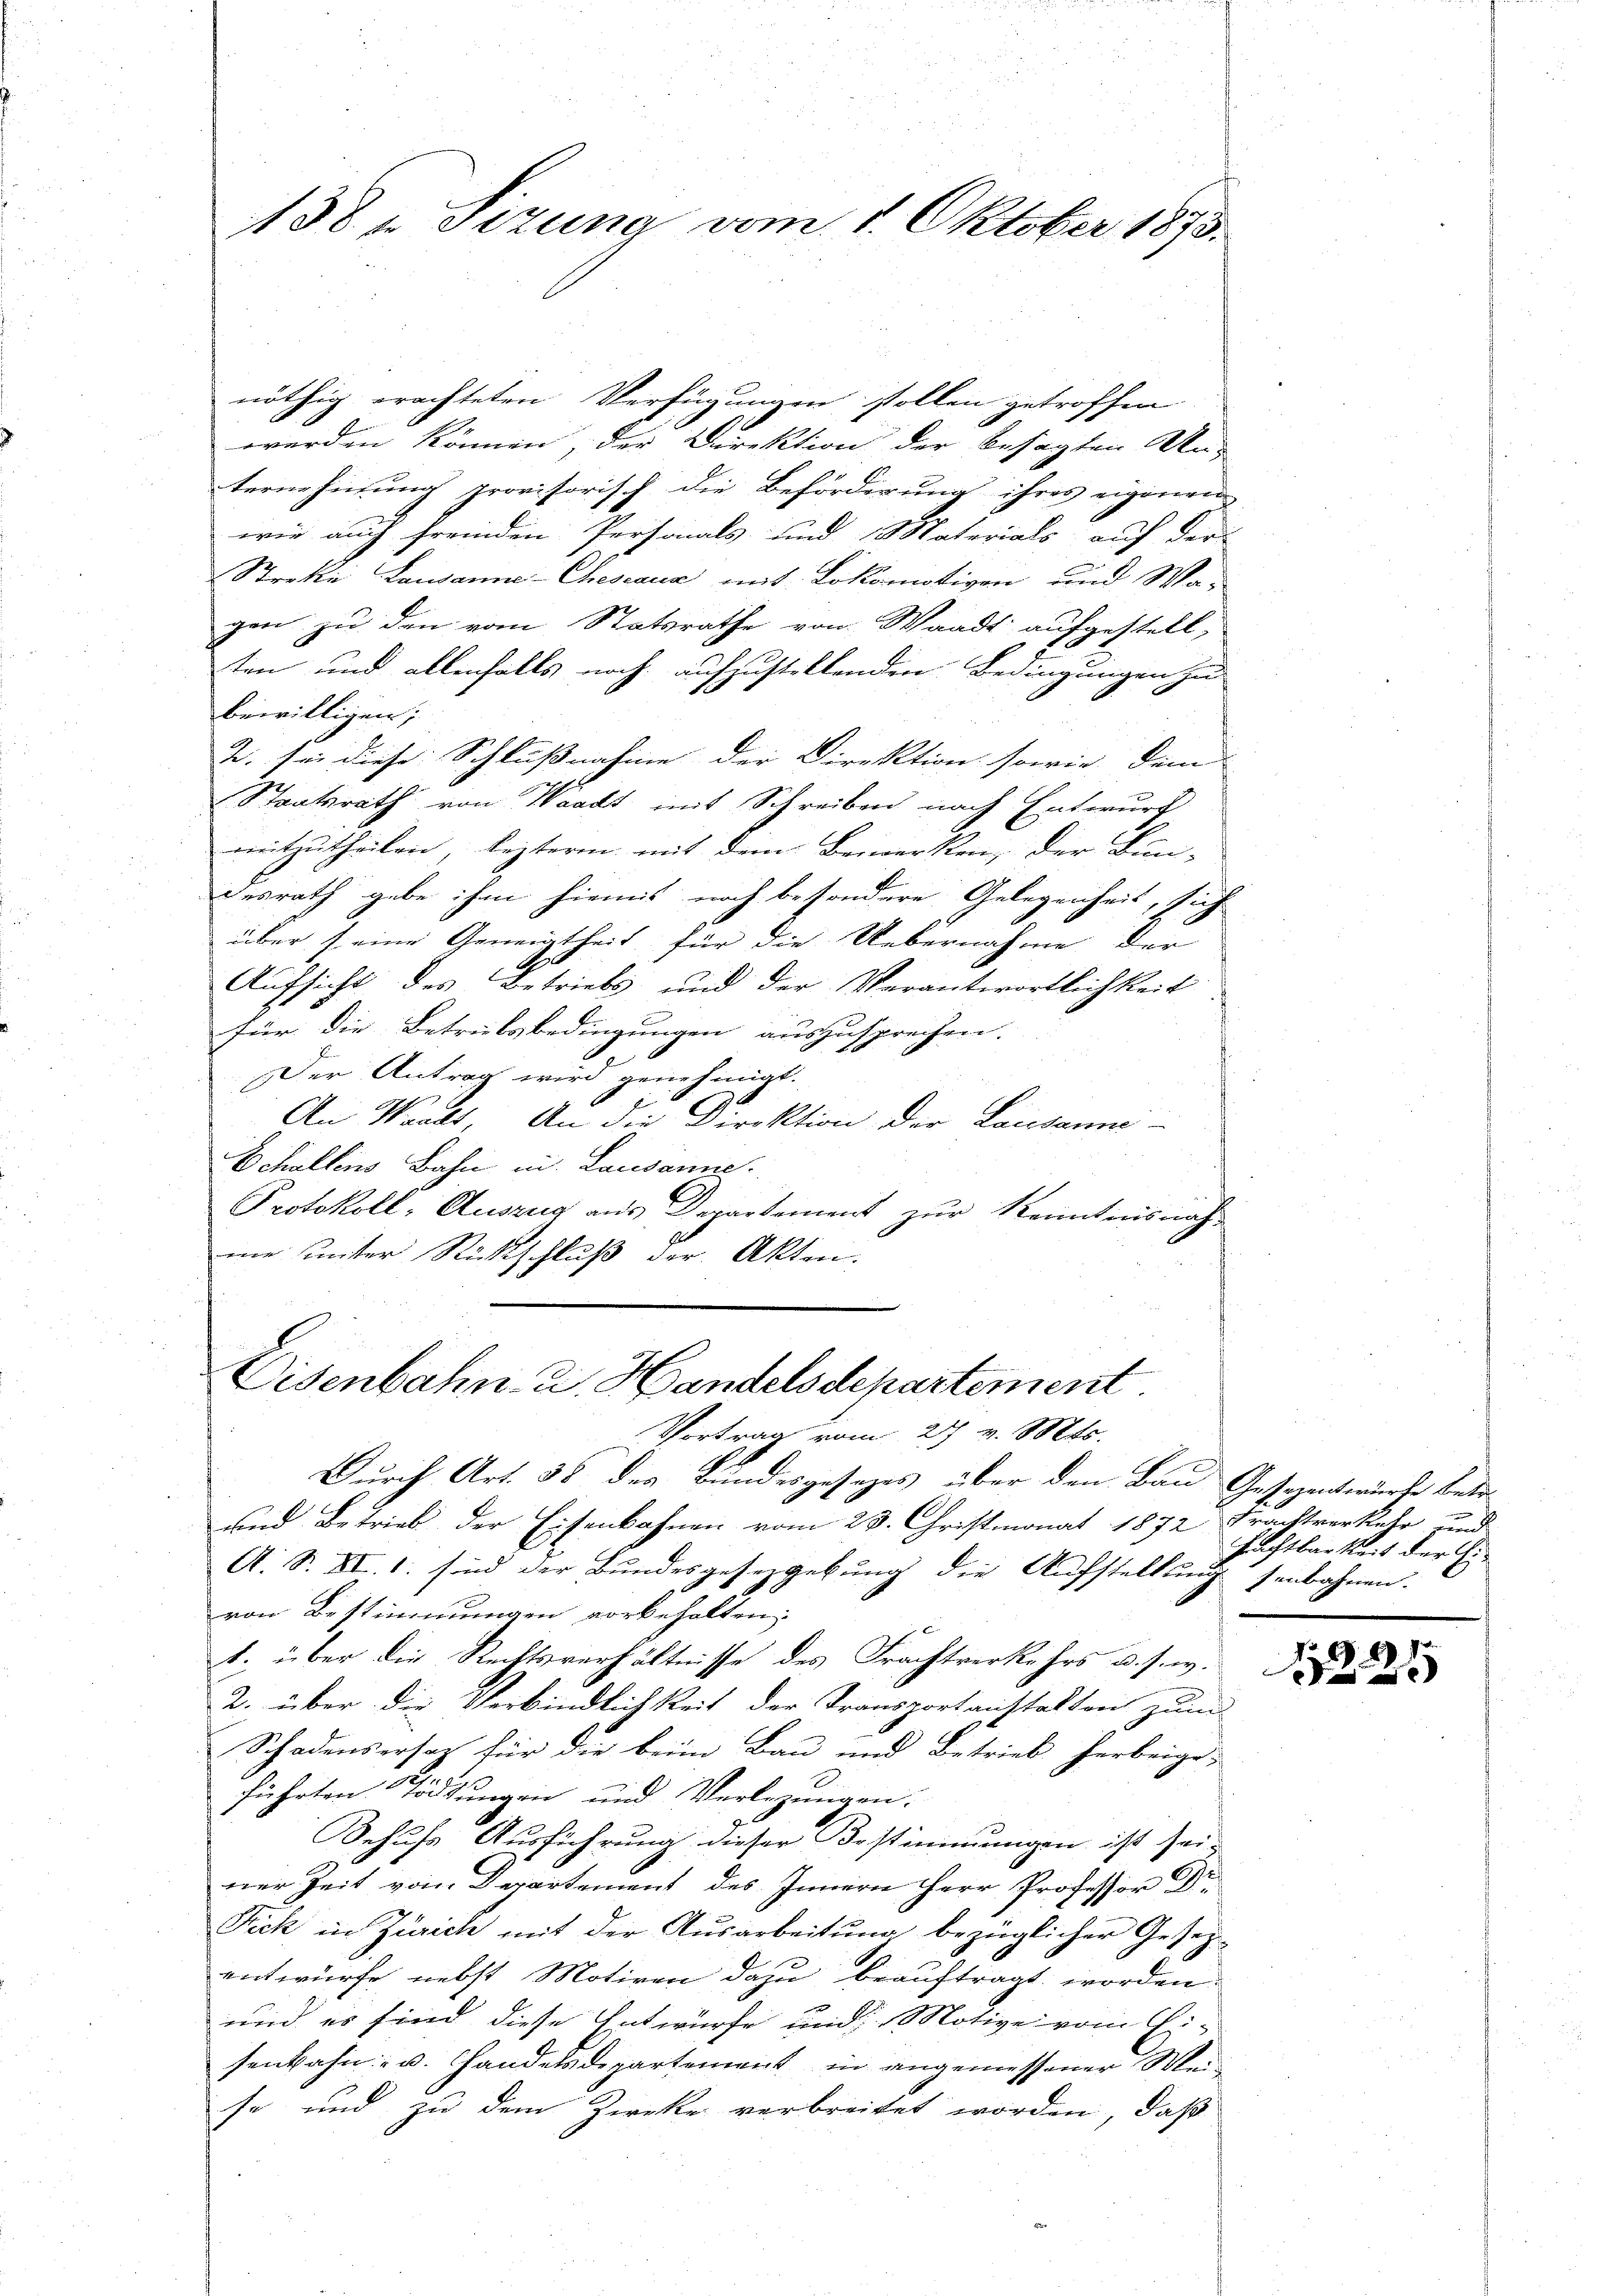
nöthig erachteten Verfügungen stollen getroffen
e
werden können, der Direktion der besagten Un-
ternehmung provisorisch die Beförderung ihres eigenen
wie auch fremden Personals und Materials auf der
Streke Lausanne-Cheseaux mit Lokomotiven und Wa-
gen zu den vom Statsrathe von Waadt aufgestell,
ten und allenfalls noch aufzustellenden Bedingungen zu
bewilligen;
2. sei diese Schlußnahme der Direktion sowie dem |
Staatsrath von Waadt mit Schreiben nach Entwurf
mitzutheilen, leztere mit dem Bemerken, der Bun-
desrath gebe ihm hiemiis noch besondere Gelegenheit, sich
über seine Geneigtheit für die Uebernahme der
Aufsicht des Betriebs und der Verantwortlichkeit
für die Betreitsbedingungen auszusprechen.
Der Antrag wird genehmigt.
An Waadt, An die Direktion der Lausanne
Schallens Bahn in Lausanne.
Protokoll- Auszug aus Departement zur Kenntnisnahme unter Rückschluß der Akten.

138 u Sizung vom 1. Oktober 1875.

Eisenbahn u. Handelsdepartement
Vortrag vom 27 v. Mts.

Durch Art. 38 des Bundesgesetzes über den Bau Gesezentwurfe betr¬
und Betrieb der Eisenbahnen vom 23. Christmonat 1872 Frachtverkehr und
A. S. XI. 1. sind der Bundesgesetzgebung die Aufstellung senbahnen.
von Bestimmungen vorbehalten;
1. über die Rechtsverhältnisse des Frachtverkehrs d. J. w.
2. über die Verbindlichkeit der Transportanstalten zum
Schadensersatz für die beim Bau und Betrieb herbeige-
führten Tödtungen und Verlegungen.
Behufs Ausführung dieser Bestimmungen ist sei-
ner Zeit vom Departement des Innern Herr Professor Dr.
Fick in Zürich mit der Ausarbeitung bezüglicher Gesezentwurfe nebst Motiven dazu beauftragt worden
n
und es sind diese Entwurfe und Motive vom Ei-
senbahn- u. Handelsdepartement in angemessener Meise und zu dem Zwecke verbreitet worden, daß

Fachtbarkeit der Ei

9
Fedie